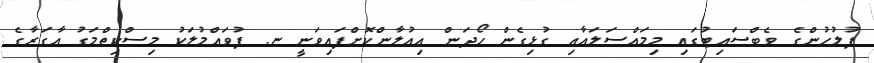
ފުލުހުންގެ ވެބްސައިޓުގައި މިމައްސަލައާއި ގުޅިގެން ހޯދަން އިއުލާންކޮށްފައިވަނީ ޏ. ފުވައްމުލަކު މިސްކިތްމަގު އާގަރާގެ